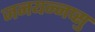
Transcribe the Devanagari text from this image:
जनयन्नप्सु